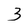
Character: 3